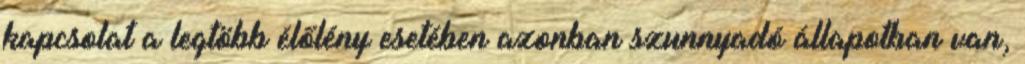
kapcsolat a legtöbb élőlény esetében azonban szunnyadó állapotban van,